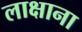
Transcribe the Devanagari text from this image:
लाक्षाना